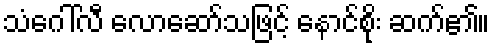
သံဂေါ်လီ လောဆော်သဖြင့် နောင်စိုး ဆက်၏။